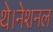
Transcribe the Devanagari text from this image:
थे।नेशनल